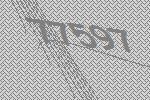
77597